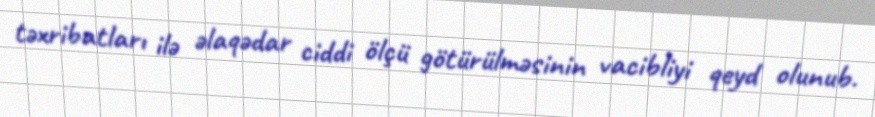
təxribatları ilə əlaqədar ciddi ölçü götürülməsinin vacibliyi qeyd olunub.